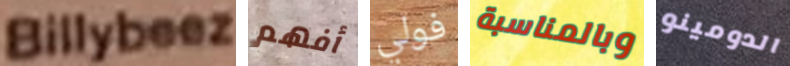
Billybeez أفهم فولي وبالمناسبة الدومينو